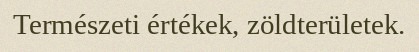
Természeti értékek, zöldterületek.